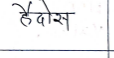
मजकूर: हैदोस